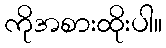
ကိုအစားထိုးပါ။